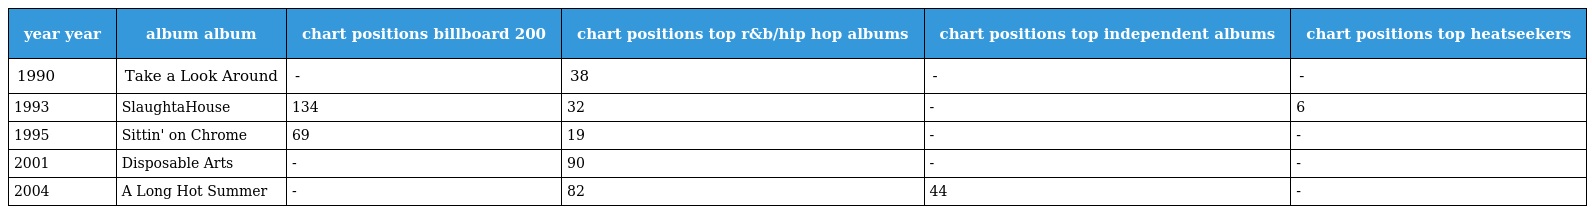
| year year | album album | chart positions billboard 200 | chart positions top r&b/hip hop albums | chart positions top independent albums | chart positions top heatseekers |
 | --- | --- | --- | --- | --- | --- |
 | 1990 | Take a Look Around | - | 38 | - | - |
 | 1993 | SlaughtaHouse | 134 | 32 | - | 6 |
 | 1995 | Sittin' on Chrome | 69 | 19 | - | - |
 | 2001 | Disposable Arts | - | 90 | - | - |
 | 2004 | A Long Hot Summer | - | 82 | 44 | - |